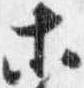
等